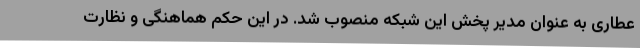
عطاری به عنوان مدیر پخش این شبکه منصوب شد. در این حکم هماهنگی و نظارت